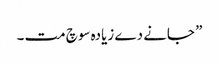
” جانے دے زیادہ سوچ مت ۔